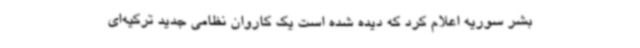
بشر سوریه اعلام کرد که دیده شده است یک کاروان نظامی جدید ترکیه‌ای